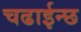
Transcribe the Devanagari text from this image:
चढाईन्छ